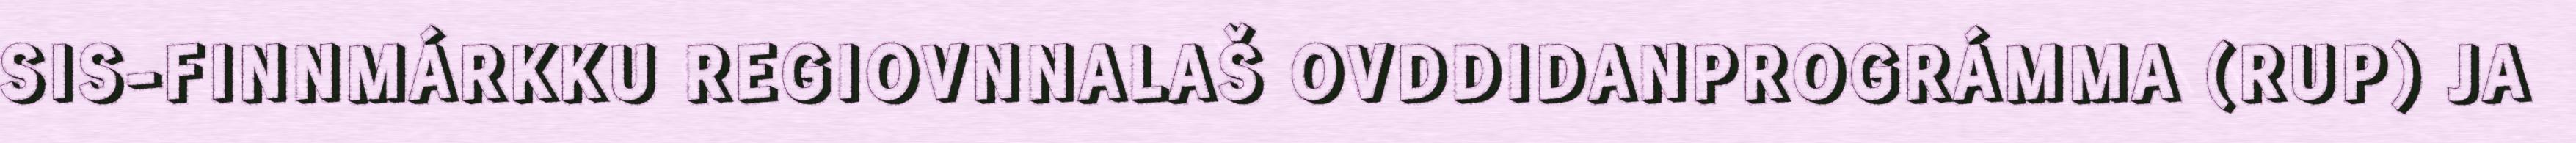
SIS-FINNMÁRKKU REGIOVNNALAŠ OVDDIDANPROGRÁMMA (RUP) JA